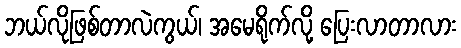
ဘယ်လိုဖြစ်တာလဲကွယ်၊ အမေရိုက်လို့ ပြေးလာတာလား